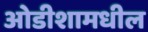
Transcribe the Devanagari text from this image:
ओडीशामधील